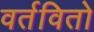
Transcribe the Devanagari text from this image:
वर्तवितो